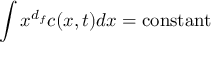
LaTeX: \int x ^ { d _ { f } } c ( x , t ) d x = { \mathrm { c o n s t a n t } }